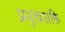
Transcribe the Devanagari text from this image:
प्रभुत्वशक्ति